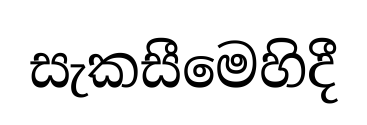
සැකසීමෙහිදී